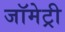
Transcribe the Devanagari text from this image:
जॉमेट्री